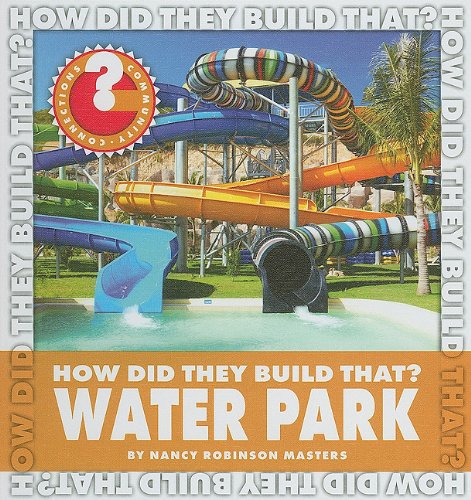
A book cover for How Did They Build That? Water Park (Community Connections); Nancy Robinson Masters; Children's Books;